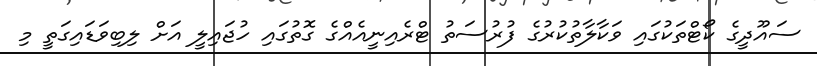
ސައޫދީގެ ކޯޓްތަކުގައި ވަކާލާތުކުރުގެ ފުރުސަތު ޓްރެއިނީއެއްގެ ގޮތުގައި ހުޖައިލީ އަށް ލިބިވަޑައިގަތީ މި